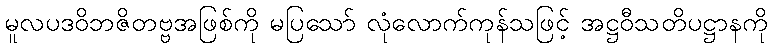
မူလပဒဝိဘဇိတဗ္ဗအဖြစ်ကို မပြသော် လုံလောက်ကုန်သဖြင့် အဋ္ဌဝီသတိပဋ္ဌာနကို